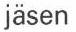
jäsen